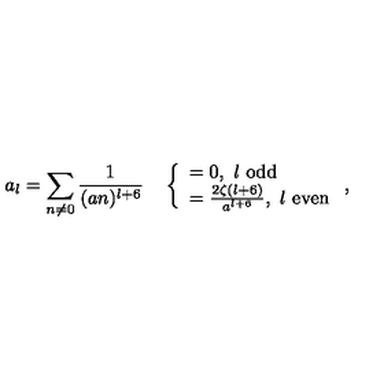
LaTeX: a _ { l } = \sum _ { n \neq 0 } \frac { 1 } { ( a n ) ^ { l + 6 } } \quad \left\{ \begin{array} { l } { = 0 , \ l \ \mathrm { o d d } } \\ { = \frac { 2 \zeta ( l + 6 ) } { a ^ { l + 6 } } , \ l \ \mathrm { e v e n } } \\ \end{array} \right. ,